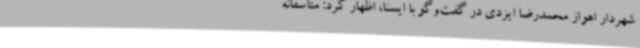
شهردار اهواز محمدرضا ایزدی در گفت‌وگو با ایسنا، اظهار کرد: متاسفانه